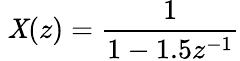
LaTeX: \ \mathit{X}(z)={\frac{{1}}{{1-1.5z^{-1}}}}